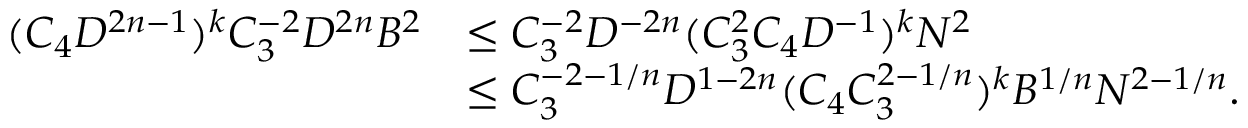
\begin{array} { r l } { ( C _ { 4 } D ^ { 2 n - 1 } ) ^ { k } C _ { 3 } ^ { - 2 } D ^ { 2 n } B ^ { 2 } } & { \leq C _ { 3 } ^ { - 2 } D ^ { - 2 n } ( C _ { 3 } ^ { 2 } C _ { 4 } D ^ { - 1 } ) ^ { k } N ^ { 2 } } \\ & { \leq C _ { 3 } ^ { - 2 - 1 / n } D ^ { 1 - 2 n } ( C _ { 4 } C _ { 3 } ^ { 2 - 1 / n } ) ^ { k } B ^ { 1 / n } N ^ { 2 - 1 / n } . } \end{array}